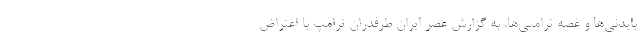
بایدنی‌ها و غصه ترامپی‌ها. به گزارش عصر ایران طرفدران ترامپ با اعتراض